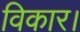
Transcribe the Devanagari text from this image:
विकार।